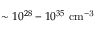
\sim 1 0 ^ { 2 8 } - 1 0 ^ { 3 5 } ~ \mathrm { { c m } ^ { - 3 } }